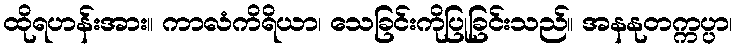
ထိုရဟန်းအား။ ကာလံကိရိယာ၊ သေခြင်းကိုပြုခြင်းသည်။ အနနုတက္ကပ္ပာ၊